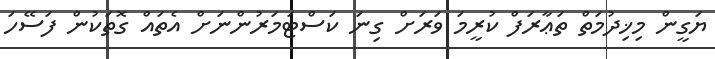
ޔަގީން މިޚިދުމަތް ތަޢާރަފް ކުރީމަ ވަރަށް ގިނަ ކަސްޓަމަރުންނަށް އެތައް ގޮތަކުން ފަސޭހަ